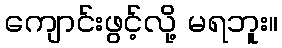
ကျောင်းဖွင့်လို့ မရဘူး။